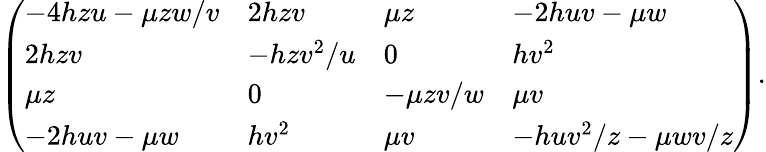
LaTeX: \left(\begin{array}{llll}{{-4hzu-\mu zw/v}}&{{2hzv}}&{{\mu z}}&{{-2huv-\mu w}}\\ {{2hzv}}&{{-hzv^{2}/u}}&{{0}}&{{hv^{2}}}\\ {{\mu z}}&{{0}}&{{-\mu zv/w}}&{{\mu v}}\\ {{-2huv-\mu w}}&{{hv^{2}}}&{{\mu v}}&{{-huv^{2}/z-\mu wv/z}}\end{array}\right).